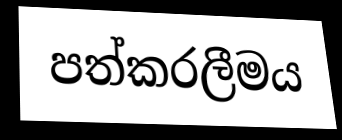
පත්කරලීමය